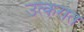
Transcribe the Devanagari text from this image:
उत्करात